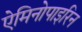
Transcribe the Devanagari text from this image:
ऐमिनोपाइरिन